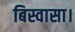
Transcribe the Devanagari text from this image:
बिस्वासा।